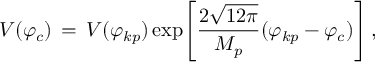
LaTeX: V ( \varphi _ { c } ) \, = \, V ( \varphi _ { k p } ) \exp \Biggr [ \frac { 2 \sqrt { 1 2 \pi } } { M _ { p } } ( \varphi _ { k p } - \varphi _ { c } ) \Biggr ] \, ,